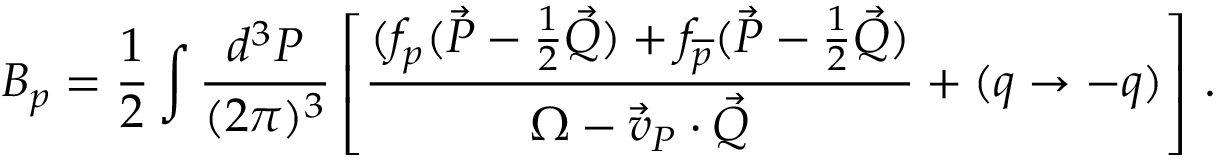
B _ { p } = \frac { 1 } { 2 } \int \frac { d ^ { 3 } { \cal P } } { ( 2 \pi ) ^ { 3 } } \left[ \frac { ( f _ { p } ( \vec { \cal P } - \frac { 1 } { 2 } \vec { \cal Q } ) + f _ { \overline { { p } } } ( \vec { \cal P } - \frac { 1 } { 2 } \vec { \cal Q } ) } { \Omega - \vec { v } _ { \cal P } \cdot \vec { \cal Q } } + ( q \rightarrow - q ) \right] \, .